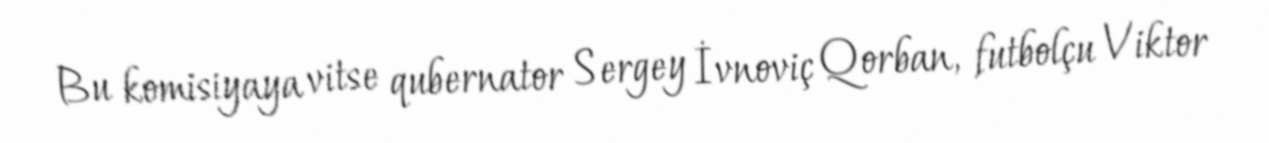
Bu komisiyaya vitse qubernator Sergey İvnoviç Qorban, futbolçu Viktor